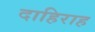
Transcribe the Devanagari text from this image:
दाहिराह